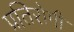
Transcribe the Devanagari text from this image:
प्रतिरोगी